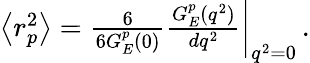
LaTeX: \begin{array}{r}{\left<r_{p}^{2}\right>=\frac{6}{6{G_{E}^{p}}(0)}\frac{G_{E}^{p}(q^{2})}{dq^{2}}\bigg|_{q^{2}=0}\, .}\end{array}